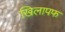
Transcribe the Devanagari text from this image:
खिलापफ